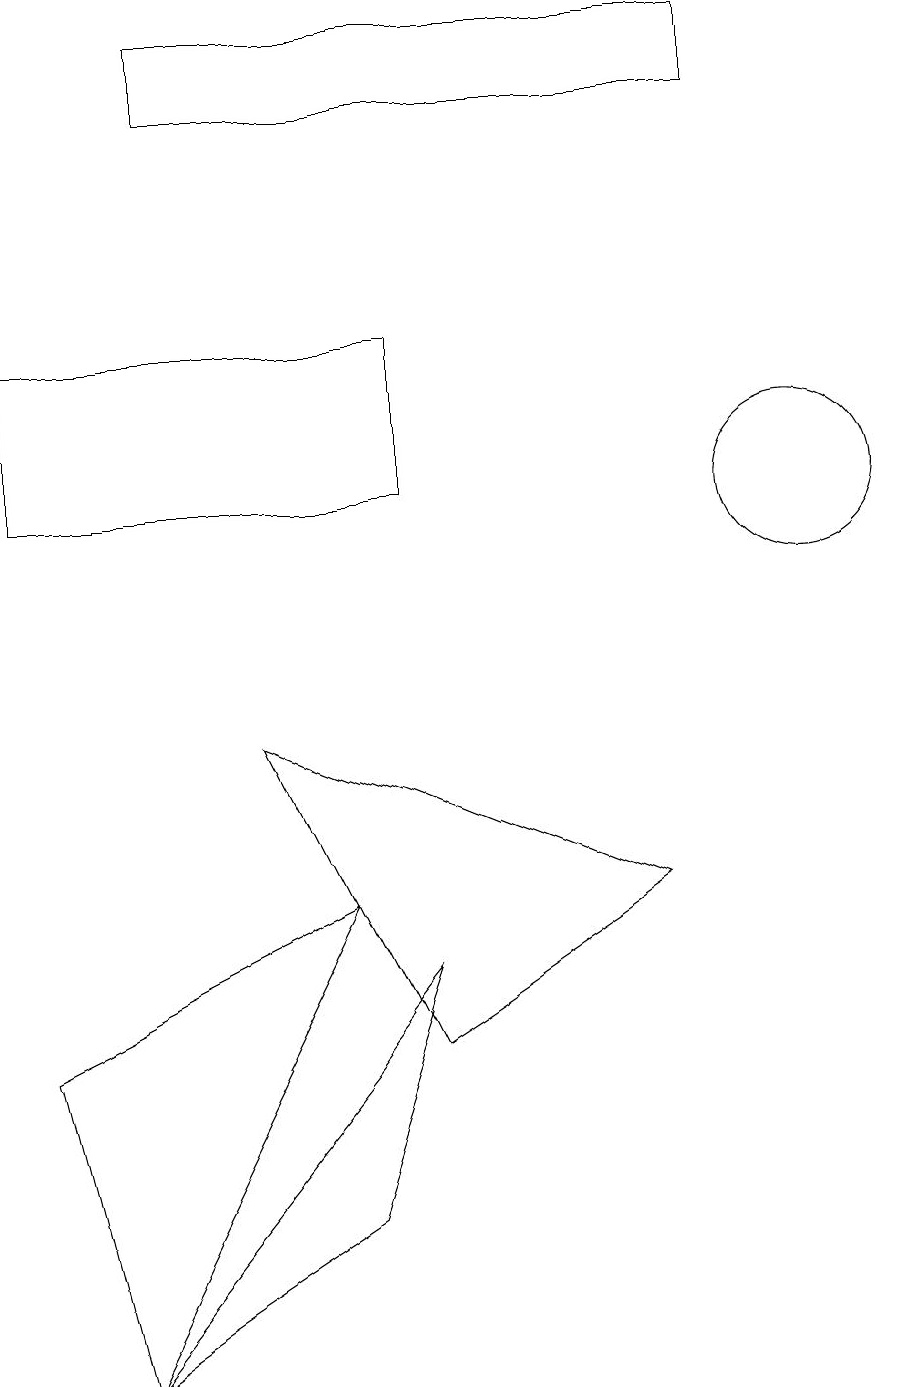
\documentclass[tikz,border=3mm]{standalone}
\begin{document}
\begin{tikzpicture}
\draw (1,0) -- (0,4) -- (4,6) -- cycle;
\draw (1,0) -- (5,5) -- (4,2) -- cycle;
\draw (10,11) circle (1);
\draw (2,17) rectangle (9,16);
\draw (3,8) -- (5,4) -- (8,6) -- cycle;
\draw (0,11) rectangle (5,13);
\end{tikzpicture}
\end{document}